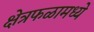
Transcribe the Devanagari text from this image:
क्षेत्रफळामध्ये